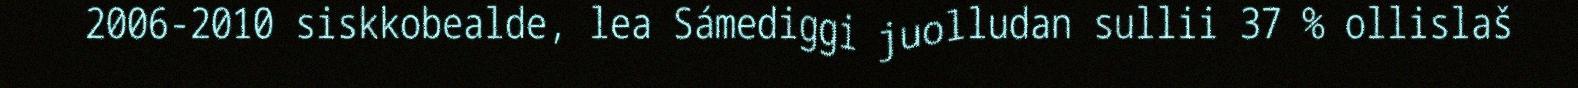
2006-2010 siskkobealde, lea Sámediggi juolludan sullii 37 % ollislaš